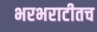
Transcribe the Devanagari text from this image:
भरभराटीतच